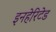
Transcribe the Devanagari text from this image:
इनहेरिटेड